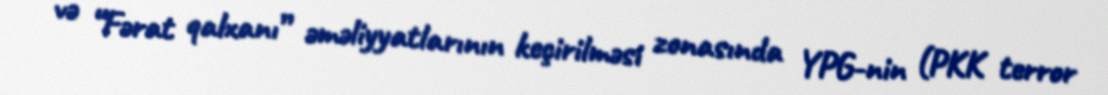
və “Fərat qalxanı” əməliyyatlarının keçirilməsi zonasında YPG-nin (PKK terror